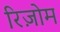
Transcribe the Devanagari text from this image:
रिज़ोम